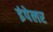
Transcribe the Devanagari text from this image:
इंपेलर